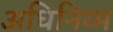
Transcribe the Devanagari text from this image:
अधिनिय्म